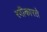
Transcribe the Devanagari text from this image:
स्‍वीकारते